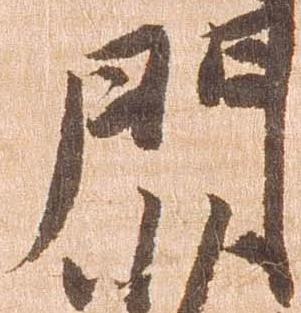
門